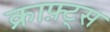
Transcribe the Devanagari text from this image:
क्राफ़्ट्स